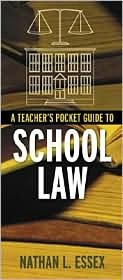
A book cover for A Teacher's Pocket Guide to School Law Publisher: Allyn & Bacon; Nathan L. Essex; Education & Teaching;